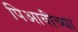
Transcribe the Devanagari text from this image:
पिआवीच्या